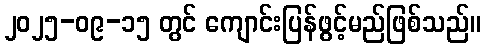
၂၀၂၅-၀၉-၁၅ တွင် ကျောင်းပြန်ဖွင့်မည်ဖြစ်သည်။